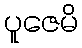
ပူဇေမိ